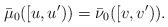
LaTeX: \begin{align*}\bar{\mu}_{0}([u,u'))=\bar{\nu}_{0}([v,v')).\end{align*}